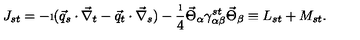
J _ { s t } = - \i ( \vec { q } _ { s } \cdot \vec { \nabla } _ { t } - \vec { q } _ { t } \cdot \vec { \nabla } _ { s } ) - \frac { \i } { 4 } \vec { \Theta } _ { \alpha } \gamma _ { \alpha \beta } ^ { s t } \vec { \Theta } _ { \beta } \equiv L _ { s t } + M _ { s t } . \nonumber